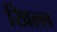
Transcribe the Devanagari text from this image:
खिल्ल